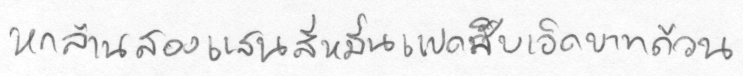
หกล้านสองแสนสี่หมื่นแปดสิบเอ็ดบาทถ้วน